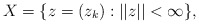
\begin{align*}X=\{z=(z_k): ||z|| <\infty\},\end{align*}